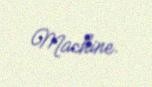
Machine.